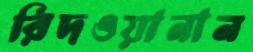
রিদওয়ানান